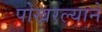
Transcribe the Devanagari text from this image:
पोखरल्याने